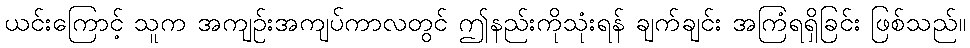
ယင်းကြောင့် သူက အကျဉ်းအကျပ်ကာလတွင် ဤနည်းကိုသုံးရန် ချက်ချင်း အကြံရရှိခြင်း ဖြစ်သည်။